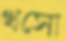
খসো